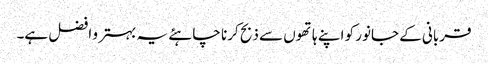
قربانی کے جانور کو اپنے ہاتھوں سے ذبح کرنا چاہئے یہ بہتر و افضل ہے۔